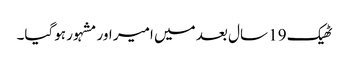
ٹھیک 19 سال بعد میں امیر اور مشہور ہوگیا۔